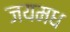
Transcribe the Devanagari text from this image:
जयमध